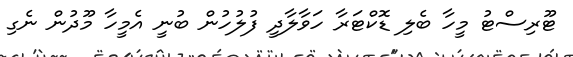
ޓޫރިސްޓު މީހާ ބެލި ޑޮކްޓަރާ ހަވާލާދީ ފުލުހުން ބުނީ އެމީހާ މޫދުން ނެގި